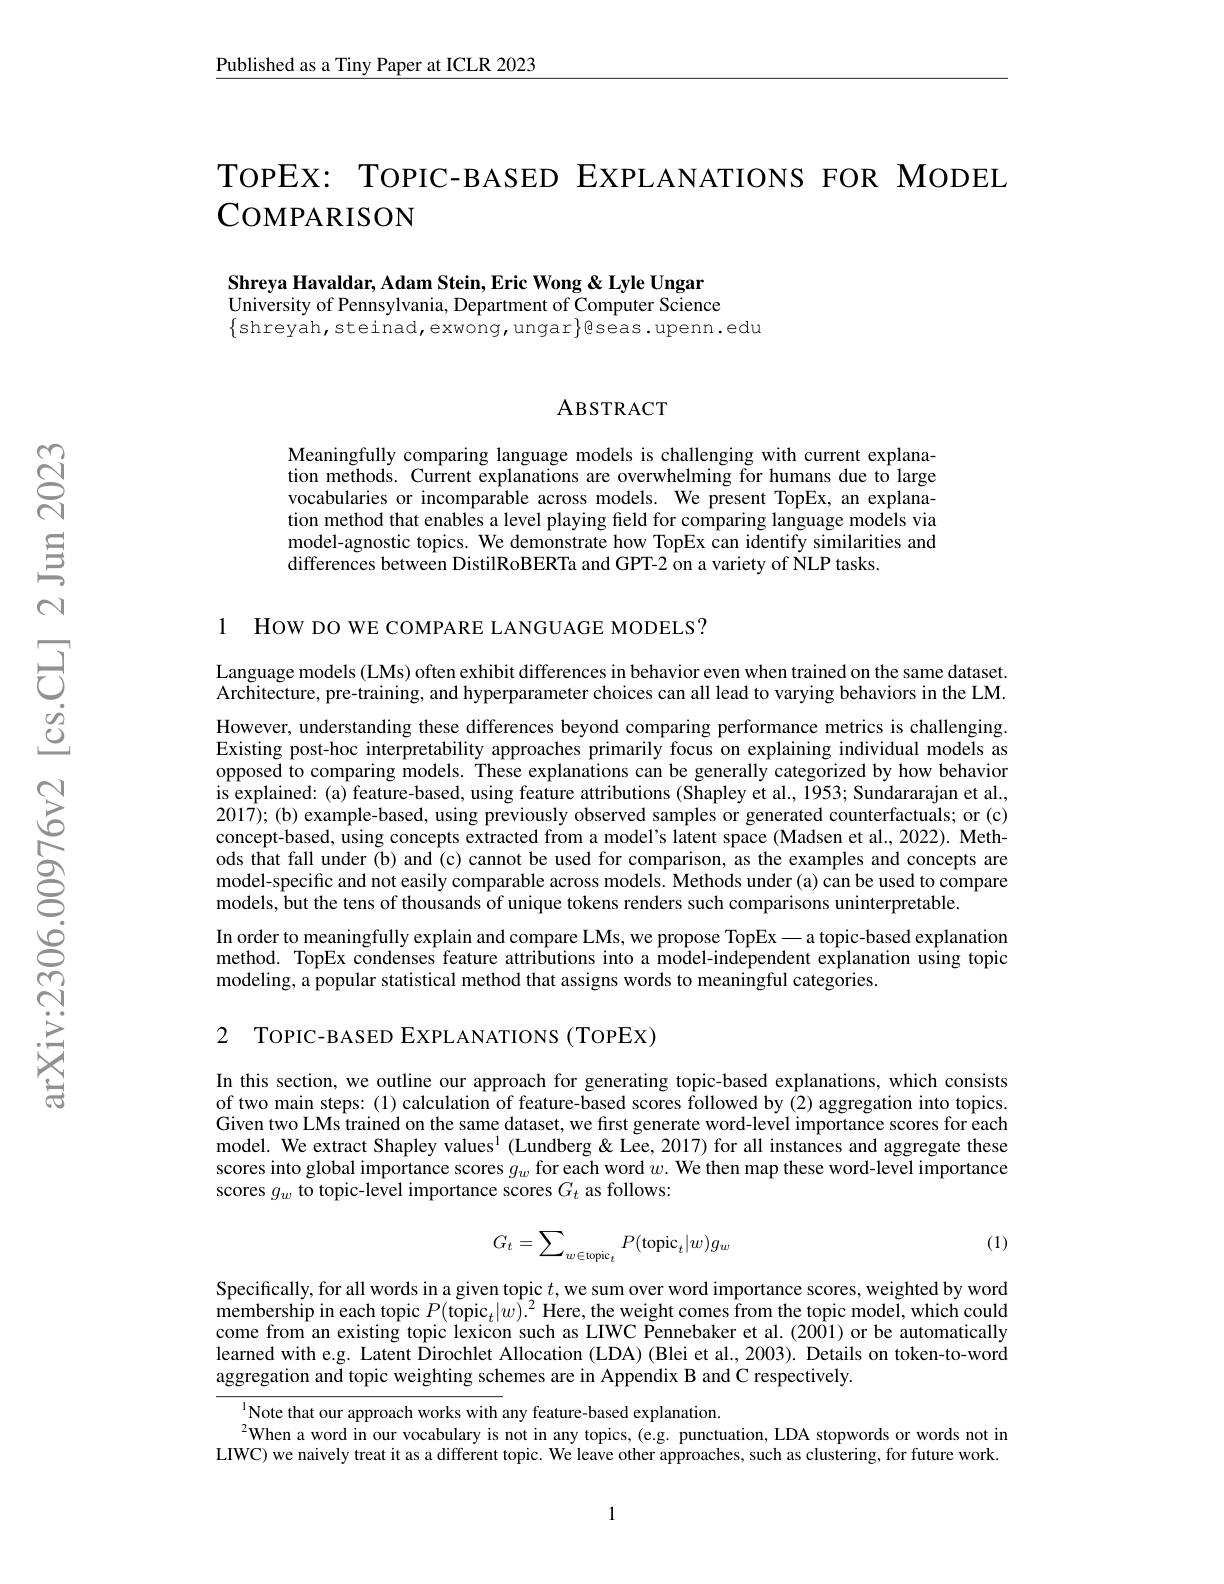
Published as a Tiny Paper at ICLR 2023

TOPEX: TOPIC-BASED EXPLANATIONS FOR MODEL
# COMPARISON

Shreya Havaldar, Adam Stein, Eric Wong & Lyle Ungar University of Pennsylvania, Department of Computer Science $\{$shreyah,steinad,exwong,ungar$\}$gseas.upenn.edu

## ABSTRACT

Meaningfully comparing language models is challenging with current explanation methods. Current explanations are overwhelming for humans due to large vocabularies or incomparable across models. We present TopEx, an explanation method that enables a level playing field for comparing language models via model-agnostic topics. We demonstrate how TopEx can identify similarities and differences between DistilRoBERTa and GPT-2 on a variety of NLP tasks.

1 HOW DO WE COMPARE LANGUAGE MODELS?

Language models (LMs) often exhibit differences in behavior even when trained on the same dataset. Architecture, pre-training, and hyperparameter choices can all lead to varying behaviors in the LM.

However, understanding these differences beyond comparing performance metrics is challenging. Existing post-hoc interpretability approaches primarily focus on explaining individual models as opposed to comparing models. These explanations can be generally categorized by how behavior is explained: (a) feature-based, using feature attributions (Shapley et al., 1953; Sundararajan et al., 2017);(b) example-based, using previously observed samples or generated counterfactuals; or (c) concept-based, using concepts extracted from a model's latent space (Madsen et al., 2022). Methods that fall under (b) and (c) cannot be used for comparison, as the examples and concepts are model-specific and not easily comparable across models. Methods under (a) can be used to compare models, but the tens of thousands of unique tokens renders such comparisons uninterpretable.

In order to meaningfully explain and compare LMs, we propose TopEx—a topic-based explanation method. TopEx condenses feature attributions into a model-independent explanation using topic modeling, a popular statistical method that assigns words to meaningful categories.

2 TOPIC-BASED EXPLANATIONS (ToPEX)

In this section, we outline our approach for generating topic-based explanations, which consists of two main steps:(1) calculation of feature-based scores followed by (2) aggregation into topics. Given two LMs trained on the same dataset, we first generate word-level importance scores for each model. We extract Shapley values$^{1}$ (Lundberg & Lee, 2017) for all instances and aggregate these scores into global importance scores $g_w$ for each word $w.$ We then map these word-level importance scores $g_w$ to topic-level importance scores $G_t$ as follows:

(1)
$$G_t=\sum_{w\in\text{topic}_t}P(\text{topic}_t|w)g_w$$
Specifically, for all words in a given topic $t$, we sum over word importance scores, weighted by word membership in each topic $P($topic$_t|w)^2$ Here, the weight comes from the topic model, which could come from an existing topic lexicon such as LIWC Pennebaker et al. (2001) or be automatically learned with e.g. Latent Dirochlet Allocation (LDA) (Blei et al., 2003). Details on token-to-word aggregation and topic weighting schemes are in Appendix B and C respectively.

$^{1}$Note that our approach works with any feature-based explanation.
$^{2}$When a word in our vocabulary is not in any topics, (e.g. punctuation, LDA stopwords or words not in LIWC) we naively treat it as a different topic. We leave other approaches, such as clustering, for future work.

1